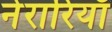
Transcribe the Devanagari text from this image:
नेरारियाँ